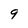
Character: 9